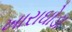
ખારાઘોડા